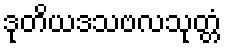
ဒုတိယဒသဗလသုတ္တံ